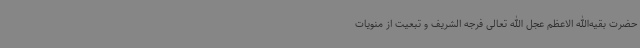
حضرت بقیه‌الله الاعظم عجل الله تعالی فرجه الشریف و تبعیت از منویات